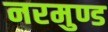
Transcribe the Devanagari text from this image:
नरमुण्ड